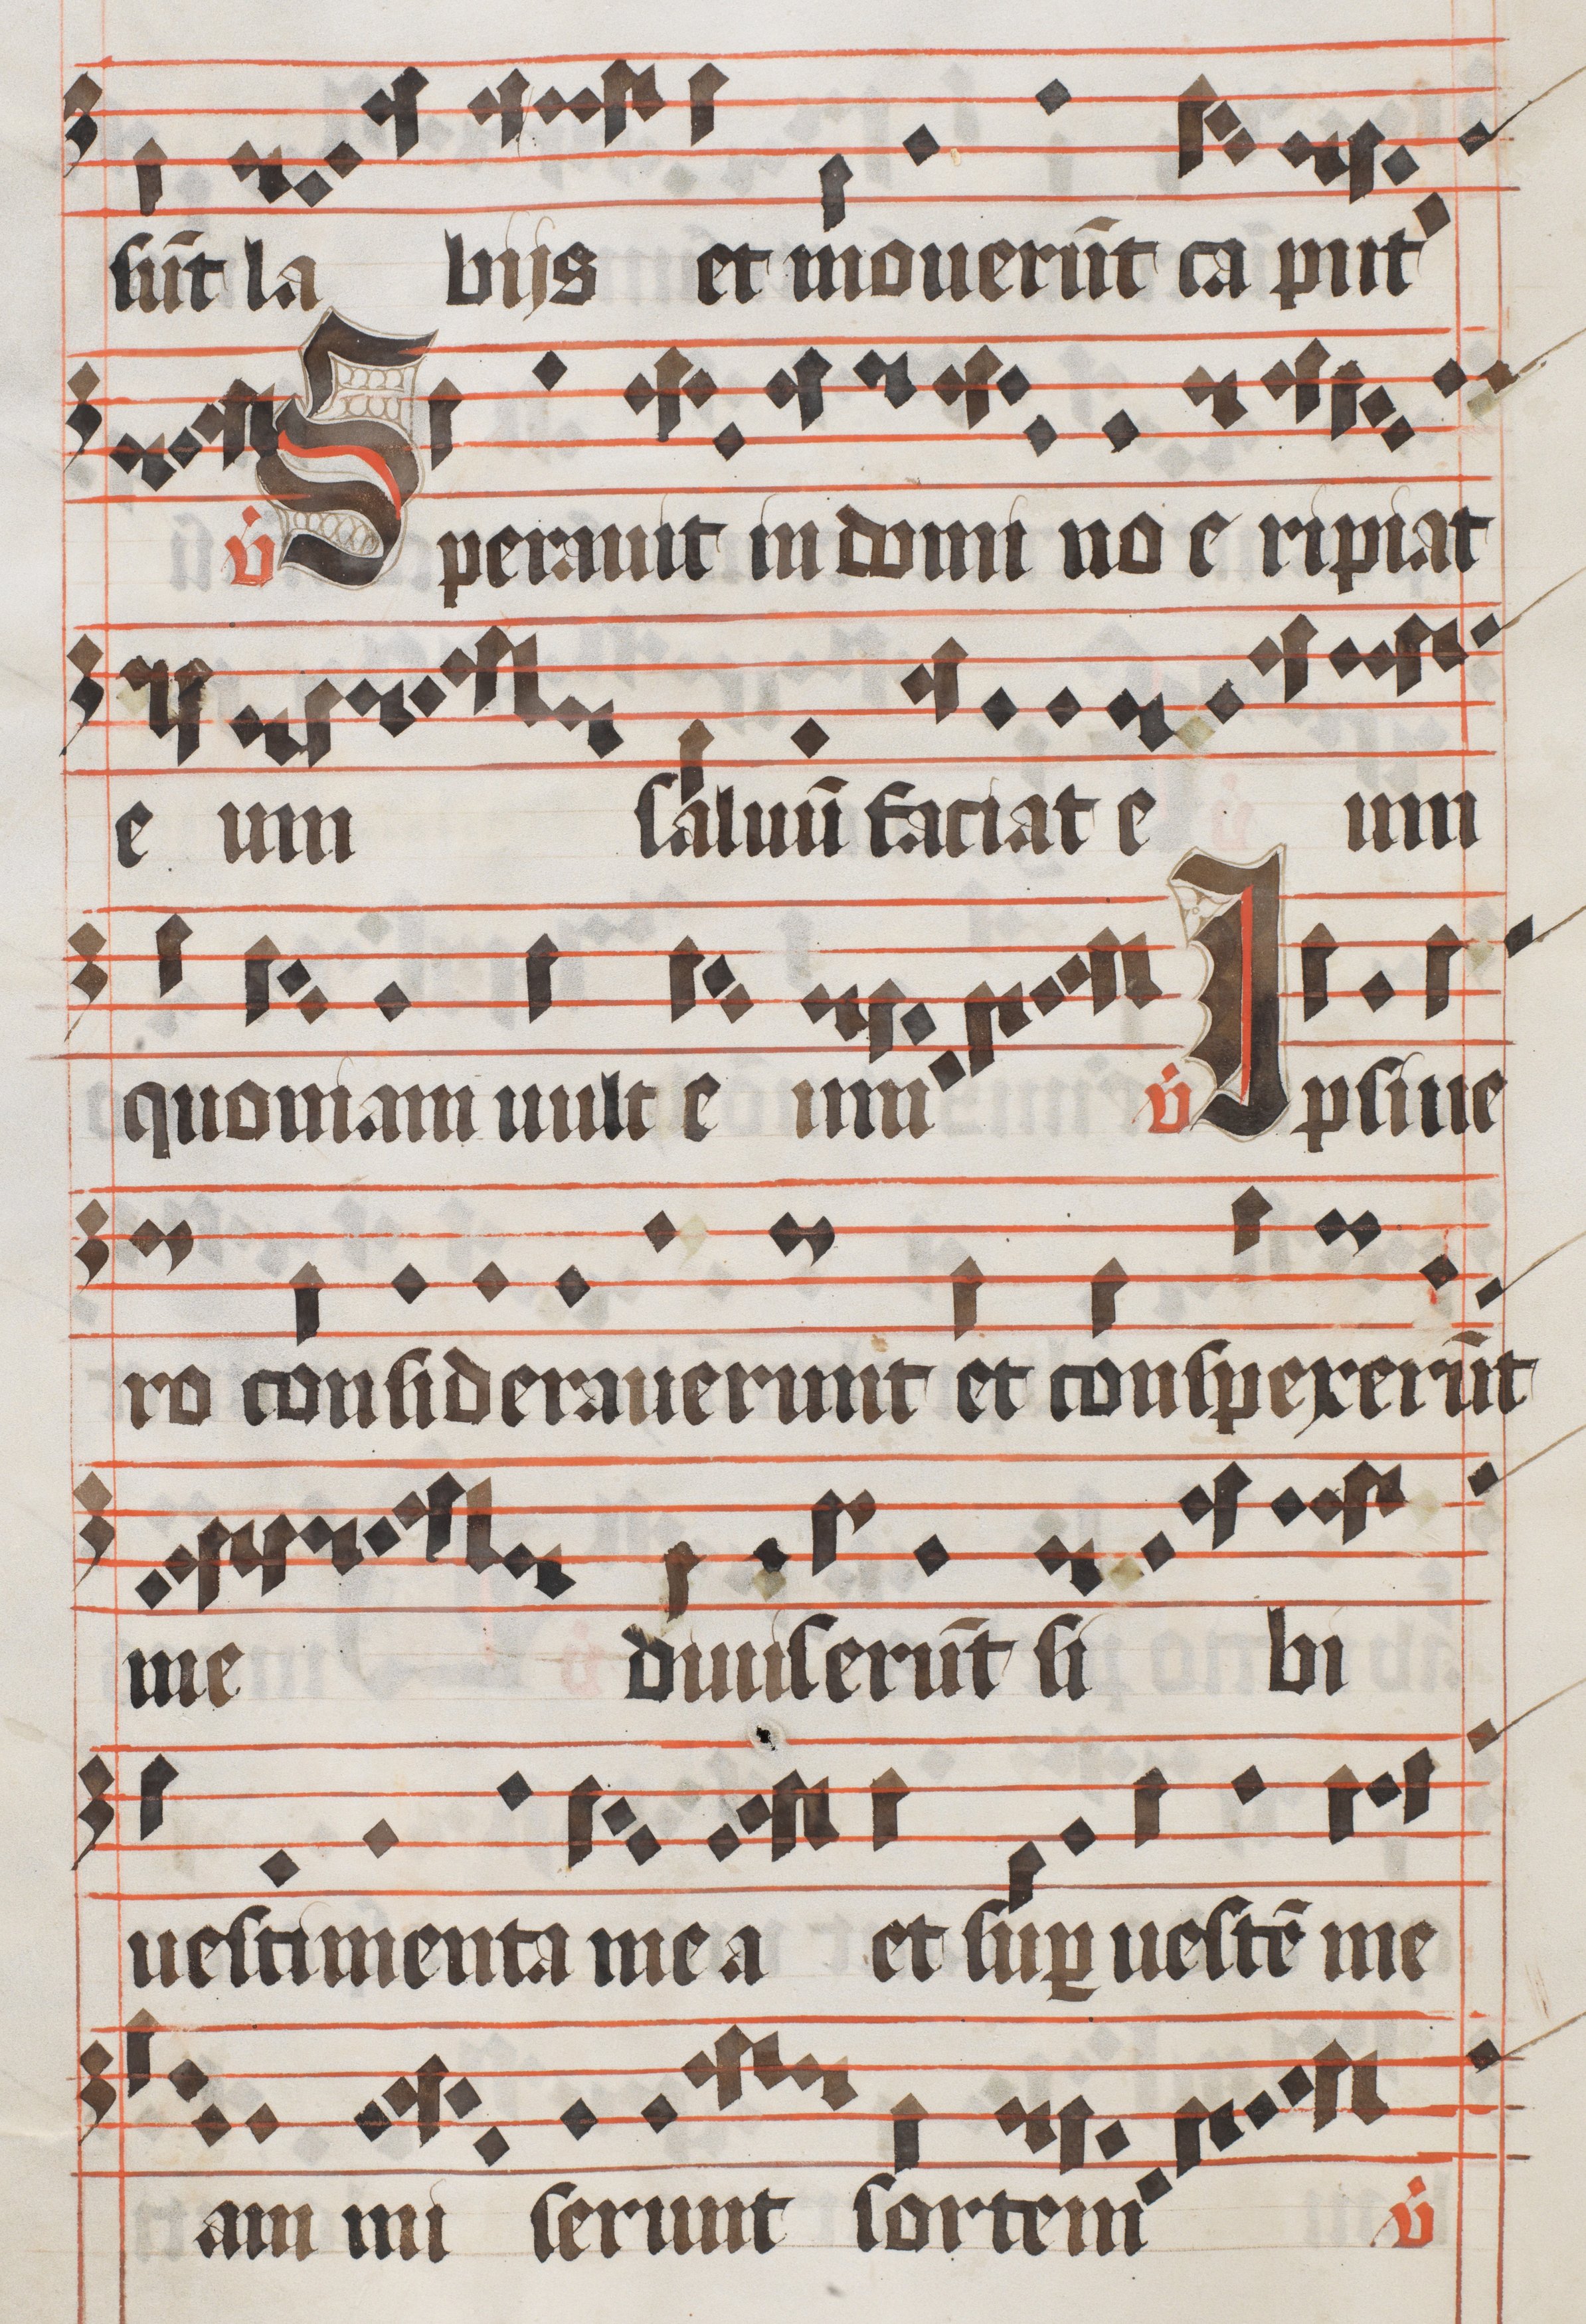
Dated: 1450–1599